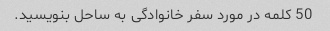
50 کلمه در مورد سفر خانوادگی به ساحل بنویسید.